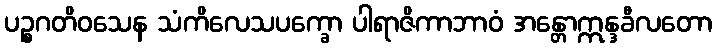
ပဉ္စဂတိဝသေန သံကိလေသပက္ခော ပါရာဇိကာဘာဝံ အန္တောဣန္ဒခီလတော